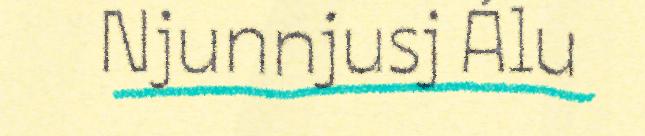
Njunnjusj Álu